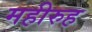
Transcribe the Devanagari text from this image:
महीरुह